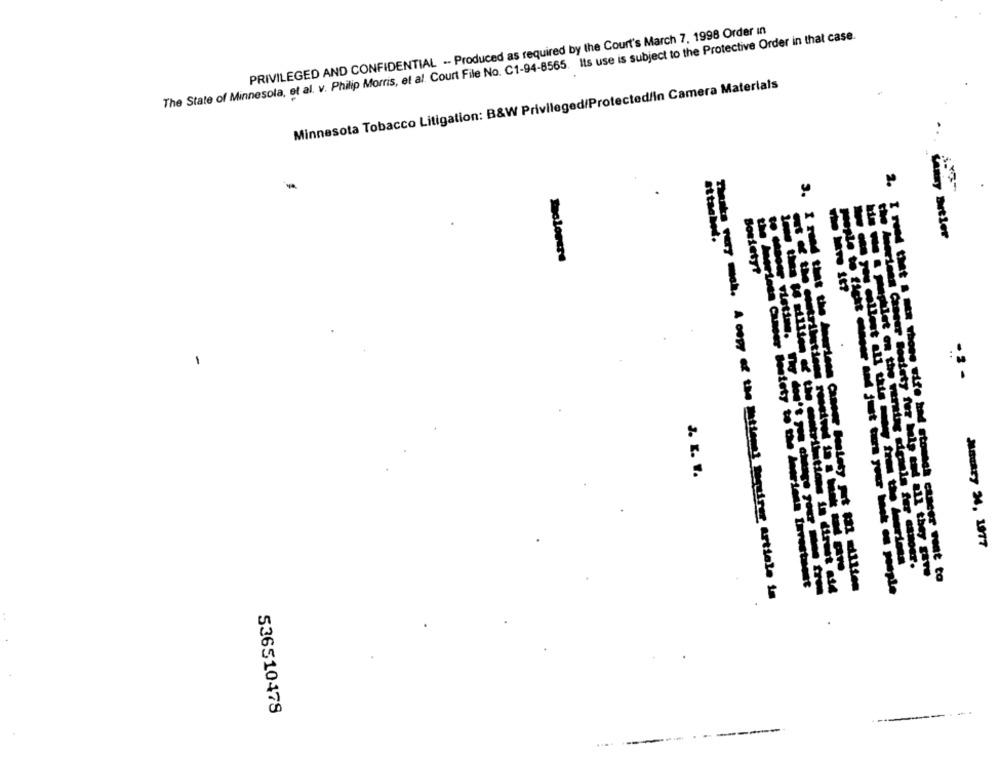
PRIVILEGED AND CONFIDENTIAL -- Produced as required by the Court's March 7, 1998 Order in
The State of Minnesota, et al. v. Philip Morris, et al. Court File No. C1-94-8565. Its use is subject to the Protective Order in that case.
Minnesota Tobacco Litigation: B&W Privileged/Protected/in Camera Materials
wamy Butler
Sosiety?
-
-2 -
the hairless Cander Bestety to the
AREy M. 1977
the Amerienn Caneer Bosiety for help and all they are
I rund that a stx those wife had stomach cancer munt to
Thanks very much. A copy of the Matiemes Requires article is
536510478